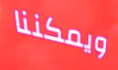
ويمكننا